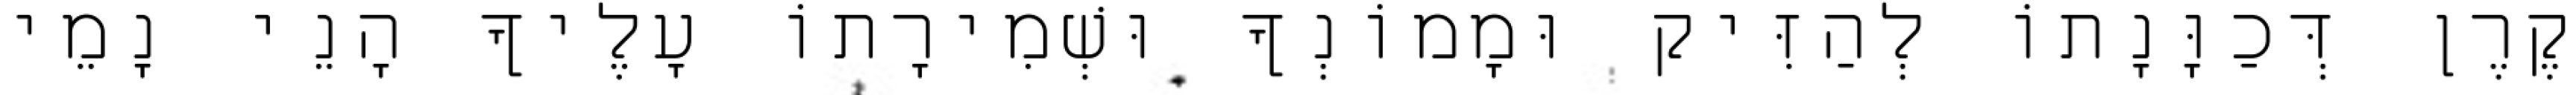
קֶרֶן דְּכַוָּנָתוֹ לְהַזִּיק וּמָמוֹנְךָ וּשְׁמִירָתוֹ עָלֶיךָ הָנֵי נָמֵי